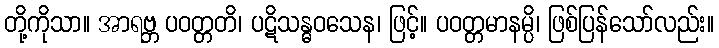
တို့ကိုသာ။ အာရဗ္ဘ ပဝတ္တတိ၊ ပဋိသန္ဓဝသေန၊ ဖြင့်။ ပဝတ္တမာနမ္ပိ၊ ဖြစ်ပြန်သော်လည်း။